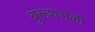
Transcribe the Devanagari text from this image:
बुरूशसकी